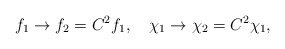
\begin{align*}f_1 \rightarrow f_2=C^2 f_1,\quad \chi_1 \rightarrow \chi_2=C^2\chi_1,\end{align*}